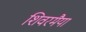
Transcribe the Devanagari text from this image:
शिवरमैया